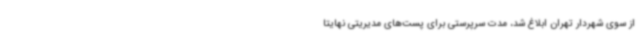
از سوی شهردار تهران ابلاغ شد، مدت سرپرستی برای پست‌های مدیریتی نهایتا